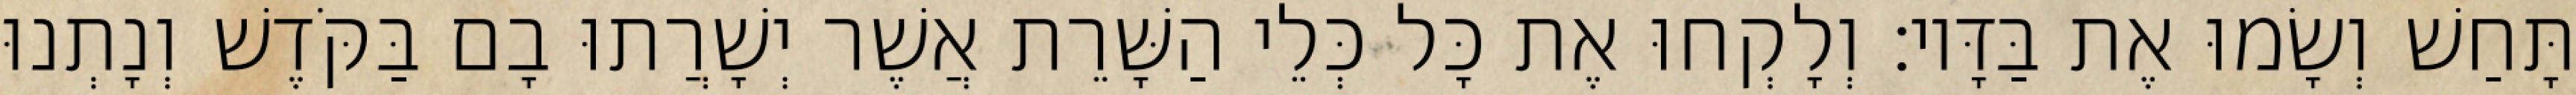
תָּחַשׁ וְשָׂמוּ אֶת בַּדָּיו׃ וְלָקְחוּ אֶת כָּל כְּלֵי הַשָּׁרֵת אֲשֶׁר יְשָׁרֲתוּ בָם בַּקֹּדֶשׁ וְנָתְנוּ